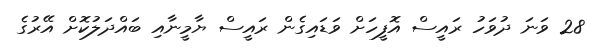
28 ވަނަ ދުވަހު ރައީސް އޮފީހަށް ވަޑައިގެން ރައީސް ޔާމީނާއި ބައްދަލުކޮށް އޭރުގެ